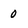
Character: 0